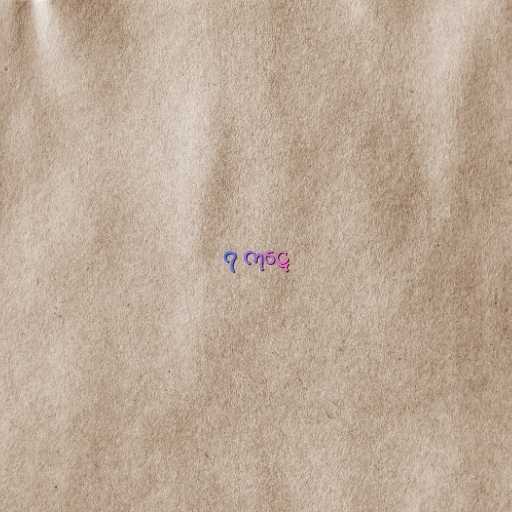
၇ ကုဋေ